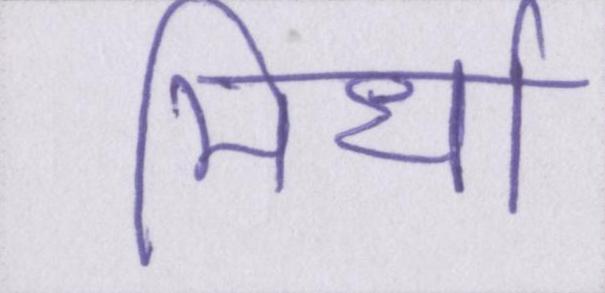
मिर्धा